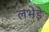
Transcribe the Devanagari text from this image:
लभेड़े